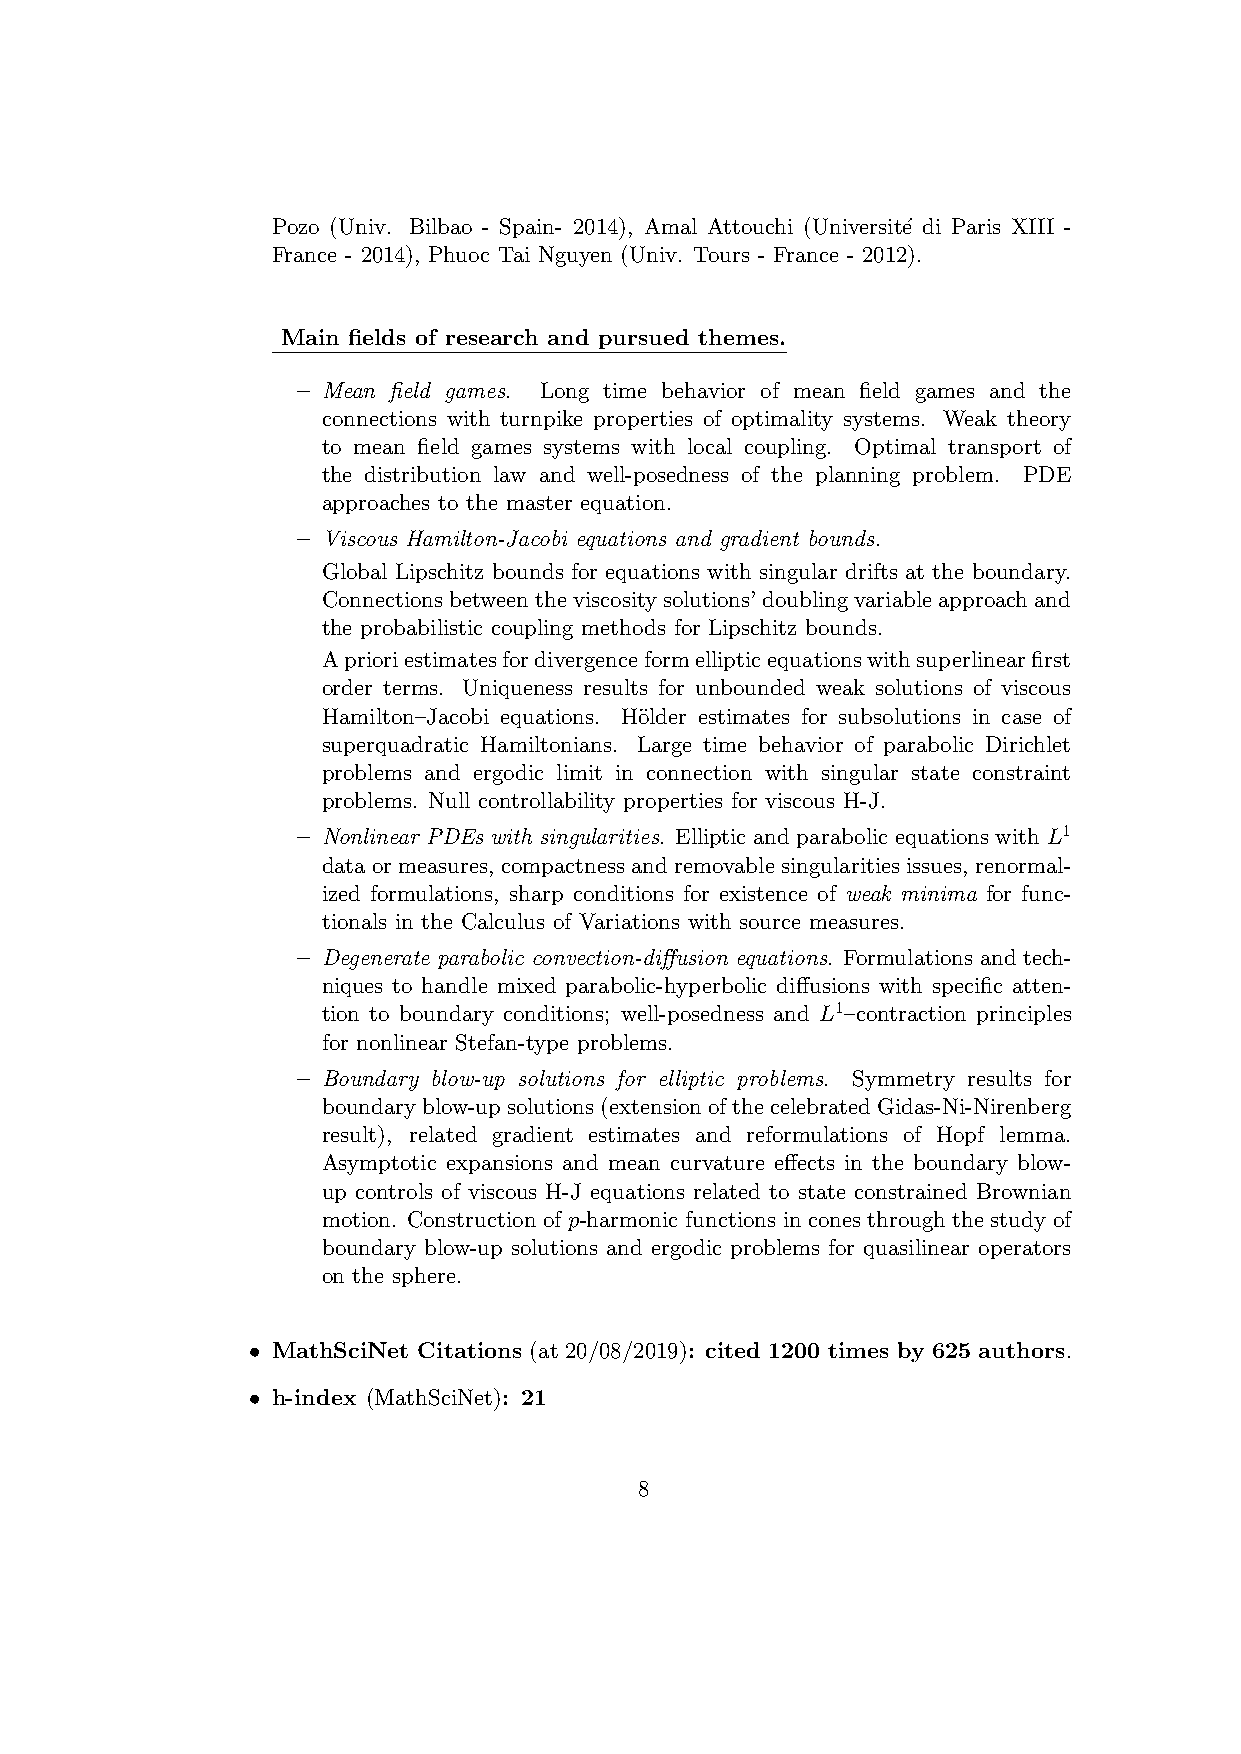
Pozo (Univ. Bilbao - Spain- 2014), Amal Attouchi (Universit´e di Paris XIII -
 France - 2014), Phuoc Tai Nguyen (Univ. Tours - France - 2012).
 Main fields of research and pursued themes.
 – Mean field games. Long time behavior of mean field games and the
 connections with turnpike properties of optimality systems. Weak theory
 to mean field games systems with local coupling. Optimal transport of
 the distribution law and well-posedness of the planning problem. PDE
 approaches to the master equation.
 – Viscous Hamilton-Jacobi equations and gradient bounds.
 Global Lipschitz bounds for equations with singular drifts at the boundary.
 Connectionsbetweentheviscositysolutions’doublingvariableapproachand
 the probabilistic coupling methods for Lipschitz bounds.
 Aprioriestimatesfordivergenceformellipticequationswithsuperlinearfirst
 order terms. Uniqueness results for unbounded weak solutions of viscous
 Hamilton–Jacobi equations. H¨older estimates for subsolutions in case of
 superquadratic Hamiltonians. Large time behavior of parabolic Dirichlet
 problems and ergodic limit in connection with singular state constraint
 problems. Null controllability properties for viscous H-J.
 – Nonlinear PDEs with singularities. Elliptic and parabolic equations with L1
 data or measures, compactness and removable singularities issues, renormal-
 ized formulations, sharp conditions for existence of weak minima for func-
 tionals in the Calculus of Variations with source measures.
 – Degenerate parabolic convection-diffusion equations. Formulations and tech-
 niques to handle mixed parabolic-hyperbolic diffusions with specific atten-
 tion to boundary conditions; well-posedness and L1–contraction principles
 for nonlinear Stefan-type problems.
 – Boundary blow-up solutions for elliptic problems. Symmetry results for
 boundaryblow-upsolutions(extensionofthecelebratedGidas-Ni-Nirenberg
 result), related gradient estimates and reformulations of Hopf lemma.
 Asymptotic expansions and mean curvature effects in the boundary blow-
 up controls of viscous H-J equations related to state constrained Brownian
 motion. Construction of p-harmonic functions in cones through the study of
 boundary blow-up solutions and ergodic problems for quasilinear operators
 on the sphere.
 • MathSciNet Citations (at 20/08/2019): cited 1200 times by 625 authors.
 • h-index (MathSciNet): 21
 8